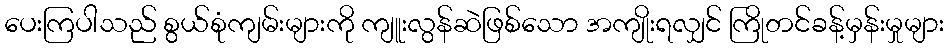
ပေးကြပါသည် စွယ်စုံကျမ်းများကို ကျူးလွန်ဆဲဖြစ်သော အကျိုးရလျှင် ကြိုတင်ခန့်မှန်းမှုများ